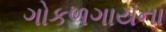
ગોકળગાયના